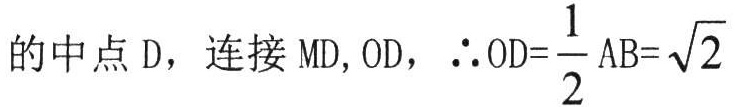
的中点 D，连接 MD, OD，\(\therefore OD = \frac{1}{2}AB=\sqrt{2}\)